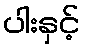
ပါးနှင့်